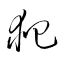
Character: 爬